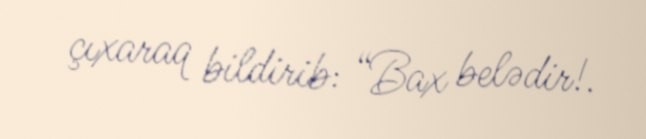
çıxaraq bildirib: “Bax belədir!.